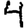
Digit: 4